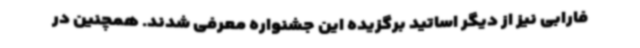
فارابی نیز از دیگر اساتید برگزیده این جشنواره معرفی شدند. همچنین در